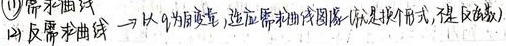
(1) 需求曲线
(2) 反需求曲线（以\(q\)为自变量，逆需求曲线图像就是换个形式，是反函数）